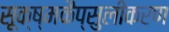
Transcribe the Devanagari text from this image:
सूक्ष्मकैप्सुलीकरण